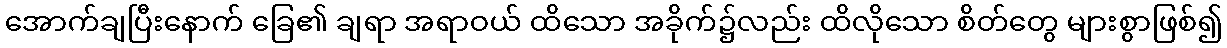
အောက်ချပြီးနောက် ခြေ၏ ချရာ အရာဝယ် ထိသော အခိုက်၌လည်း ထိလိုသော စိတ်တွေ များစွာဖြစ်၍